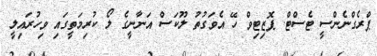
ޕްރެގްނެންސީ ޓެސްޓް. ޕޮޒިޓިވް ހޭ އެވަގުތު ލޫކަސް އަނާނީގެ ލޯ ކުރިމަތީގައި ވިހުރައިލީ